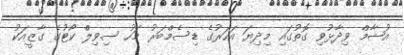
އުޝާމް ވިދާޅުވި ގޮތުގައި މިދިޔަ އަހަރުގެ ޑިސެމްބަރު މަހު ސިވިލް ކޯޓުގެ ގާޒީއަކު